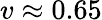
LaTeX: v\approx 0.65